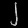
Digit: ၂